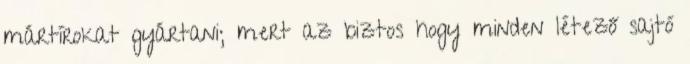
mártírokat gyártani; mert az biztos hogy minden létező sajtó